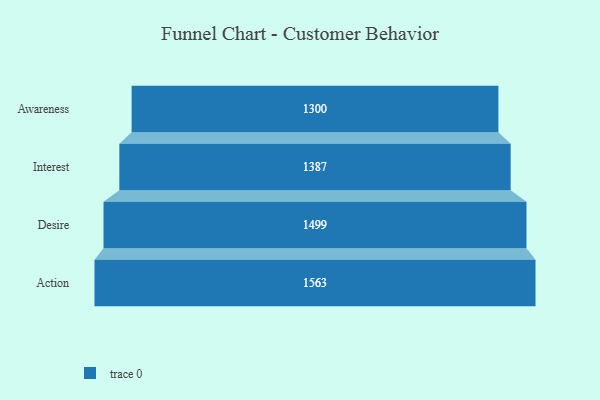
{"axis": {"x": "Stage", "y": "Value"}, "legend": [""], "data": [{"x": "Awareness", "y": 1300.0, "type": ""}, {"x": "Interest", "y": 1387.0, "type": ""}, {"x": "Desire", "y": 1499.0, "type": ""}, {"x": "Action", "y": 1563.0, "type": ""}]}